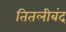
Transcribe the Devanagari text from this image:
तितलीबंद